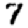
Digit: 7